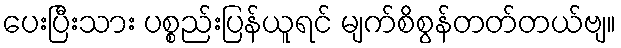
ပေးပြီးသား ပစ္စည်းပြန်ယူရင် မျက်စိစွန်တတ်တယ်ဗျ။